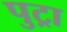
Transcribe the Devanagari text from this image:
पुट्रा